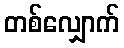
တစ်လျှောက်